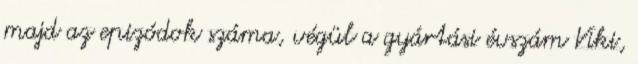
majd az epizódok száma, végül a gyártási évszám Viki,